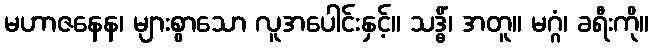
မဟာဇနေန၊ များစွာသော လူအပေါင်းနှင့်။ သဒ္ဓိံ၊ အတူ။ မဂ္ဂံ၊ ခရီးကို။